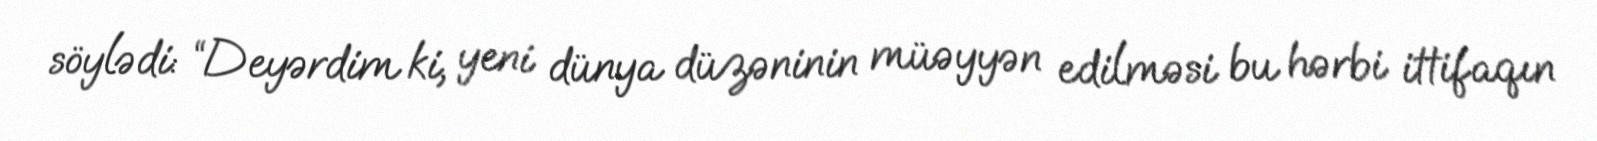
söylədi: “Deyərdim ki, yeni dünya düzəninin müəyyən edilməsi bu hərbi ittifaqın